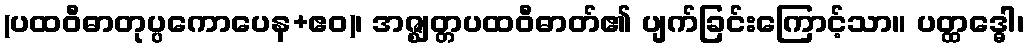
(ပထဝီဓာတုပ္ပကောပေန+ဧဝ)၊ အဇ္ဈတ္တပထဝီဓာတ်၏ ပျက်ခြင်းကြောင့်သာ။ ပတ္ထဒ္ဓေါ၊